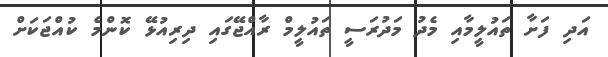
އަދި ފަށާ ތައުލީމާއި މެދު މަދުރަސީ ތައުލީމް ރާއްޖޭގައި ދިރިއުޅޭ ކޮންމެ ކުއްޖަކަށް